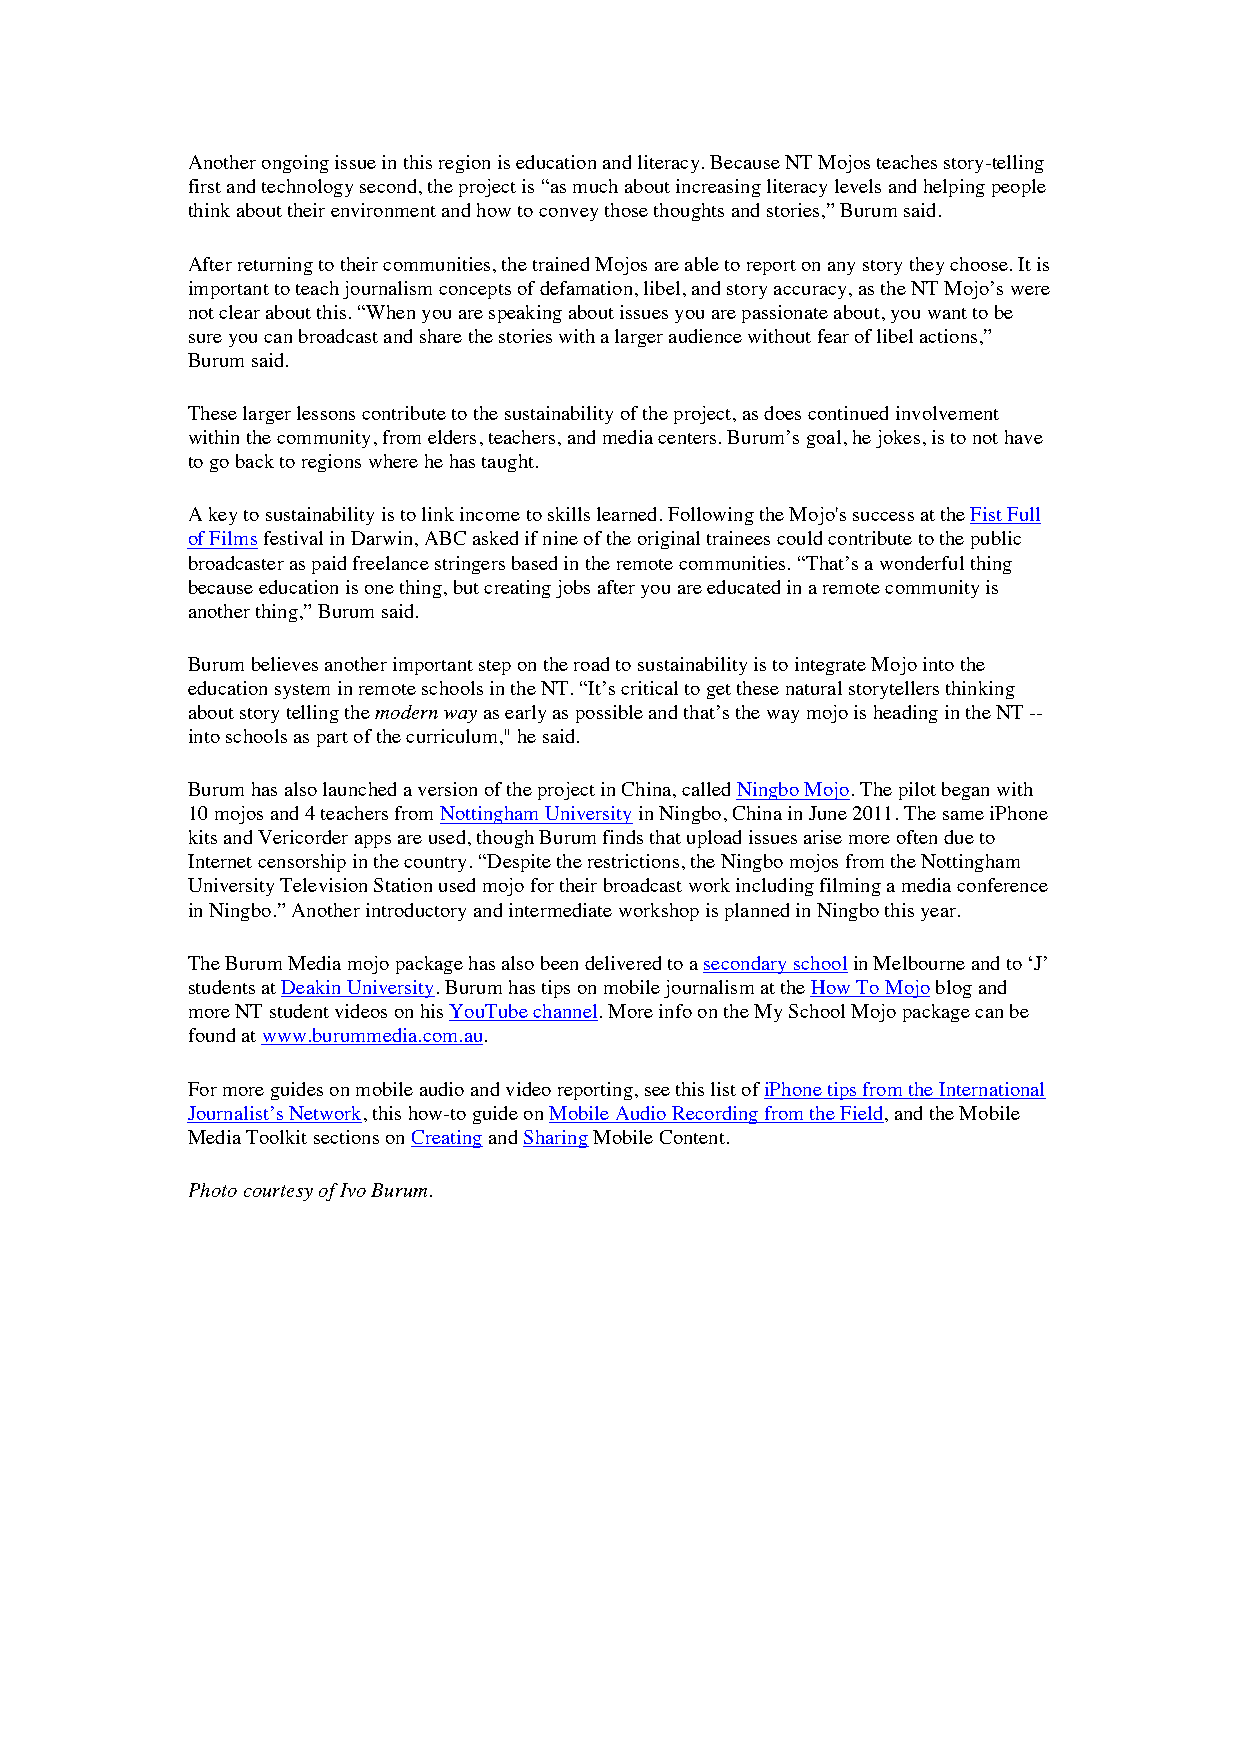
Another ongoing issue in this region is education and literacy. Because NT Mojos teaches story-telling
 first and technology second, the project is “as much about increasing literacy levels and helping people
 think about their environment and how to convey those thoughts and stories,” Burum said.
 After returning to their communities, the trained Mojos are able to report on any story they choose. It is
 important to teach journalism concepts of defamation, libel, and story accuracy, as the NT Mojo’s were
 not clear about this. “When you are speaking about issues you are passionate about, you want to be
 sure you can broadcast and share the stories with a larger audience without fear of libel actions,”
 Burum said.
 These larger lessons contribute to the sustainability of the project, as does continued involvement
 within the community, from elders, teachers, and media centers. Burum’s goal, he jokes, is to not have
 to go back to regions where he has taught.
 A key to sustainability is to link income to skills learned. Following the Mojo's success at the Fist Full
 of Films festival in Darwin, ABC asked if nine of the original trainees could contribute to the public
 broadcaster as paid freelance stringers based in the remote communities. “That’s a wonderful thing
 because education is one thing, but creating jobs after you are educated in a remote community is
 another thing,” Burum said.
 Burum believes another important step on the road to sustainability is to integrate Mojo into the
 education system in remote schools in the NT. “It’s critical to get these natural storytellers thinking
 about story telling the modern way as early as possible and that’s the way mojo is heading in the NT --
 into schools as part of the curriculum," he said.
 Burum has also launched a version of the project in China, called Ningbo Mojo. The pilot began with
 10 mojos and 4 teachers from Nottingham University in Ningbo, China in June 2011. The same iPhone
 kits and Vericorder apps are used, though Burum finds that upload issues arise more often due to
 Internet censorship in the country. “Despite the restrictions, the Ningbo mojos from the Nottingham
 University Television Station used mojo for their broadcast work including filming a media conference
 in Ningbo.” Another introductory and intermediate workshop is planned in Ningbo this year.
 The Burum Media mojo package has also been delivered to a secondary school in Melbourne and to ‘J’
 students at Deakin University. Burum has tips on mobile journalism at the How To Mojo blog and
 more NT student videos on his YouTube channel. More info on the My School Mojo package can be
 found at www.burummedia.com.au.
 For more guides on mobile audio and video reporting, see this list of iPhone tips from the International
 Journalist’s Network, this how-to guide on Mobile Audio Recording from the Field, and the Mobile
 Media Toolkit sections on Creating and Sharing Mobile Content.
 Photo courtesy of Ivo Burum.